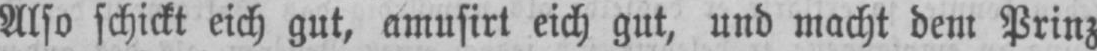
Also schickt eich gut, amusirt eich gut, und macht dem Prinz